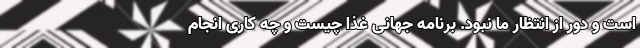
است و دور از انتظار ما نبود. برنامه جهانی غذا چیست و چه کاری انجام